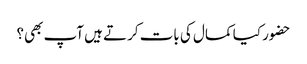
حضور کیا کمال کی بات کرتے ہیں آپ بھی؟